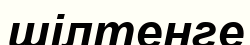
шілтенге